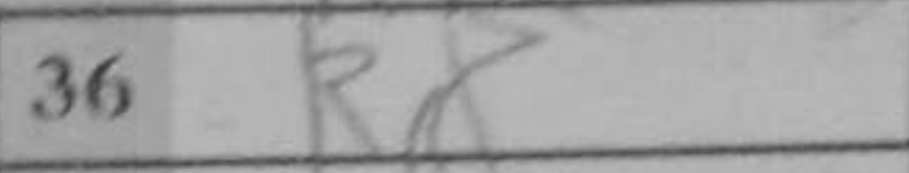
Transcription: Rc8